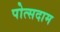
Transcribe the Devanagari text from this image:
पोत्सदाम